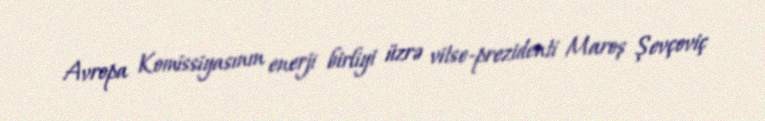
Avropa Komissiyasının enerji birliyi üzrə vitse-prezidenti Maroş Şevçoviç